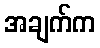
အချက်က